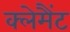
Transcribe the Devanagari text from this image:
क्लेमैंट